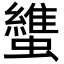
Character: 䗽